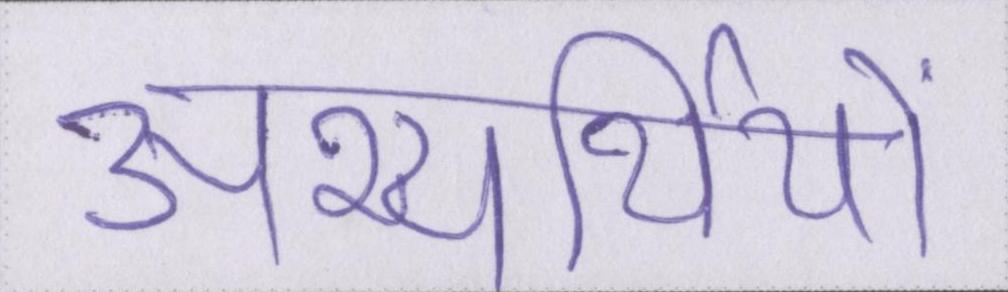
अभ्यर्थियों